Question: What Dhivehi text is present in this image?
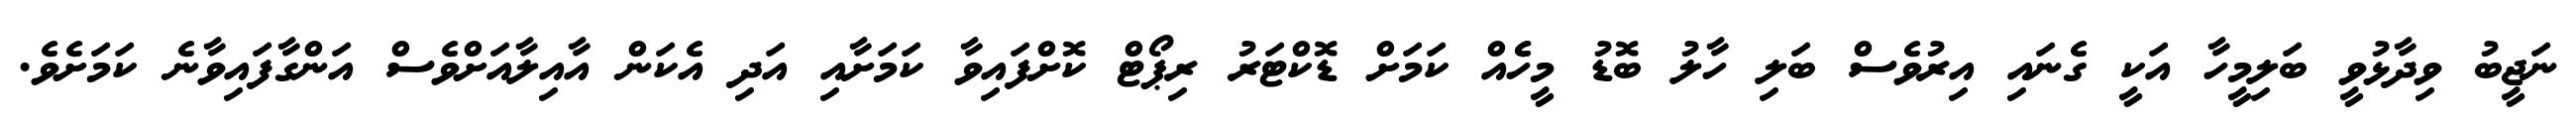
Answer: ނަޖީބު ވިދާޅުވީ ބަލިމީހާ އަކީ ގެނައި އިރުވެސް ބަލި ހާލު ބޮޑު މީހެެއް ކަމަށް ޑޮކްޓަރު ރިޕޯޓް ކޮށްފައިވާ ކަމަށާއި އަދި އެކަން އާއިލާއަށްވެސް އަންގާފައިވާނެ ކަމަށެވެ.